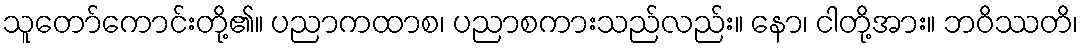
သူတော်ကောင်းတို့၏။ ပညာကထာစ၊ ပညာစကားသည်လည်း။ နော၊ ငါတို့အား။ ဘဝိဿတိ၊